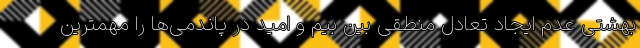
بهشتی عدم ایجاد تعادل منطقی بین بیم و امید در پاندمی‌ها را مهمترین